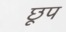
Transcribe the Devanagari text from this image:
छूप